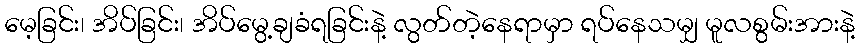
မေ့ခြင်း၊ အိပ်ခြင်း၊ အိပ်မွေ့ချခံရခြင်းနဲ့ လွတ်တဲ့နေရာမှာ ရပ်နေသမျှ မူလစွမ်းအားနဲ့